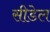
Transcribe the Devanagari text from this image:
सीडेल